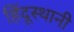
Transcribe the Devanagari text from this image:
हिंदूस्थानी